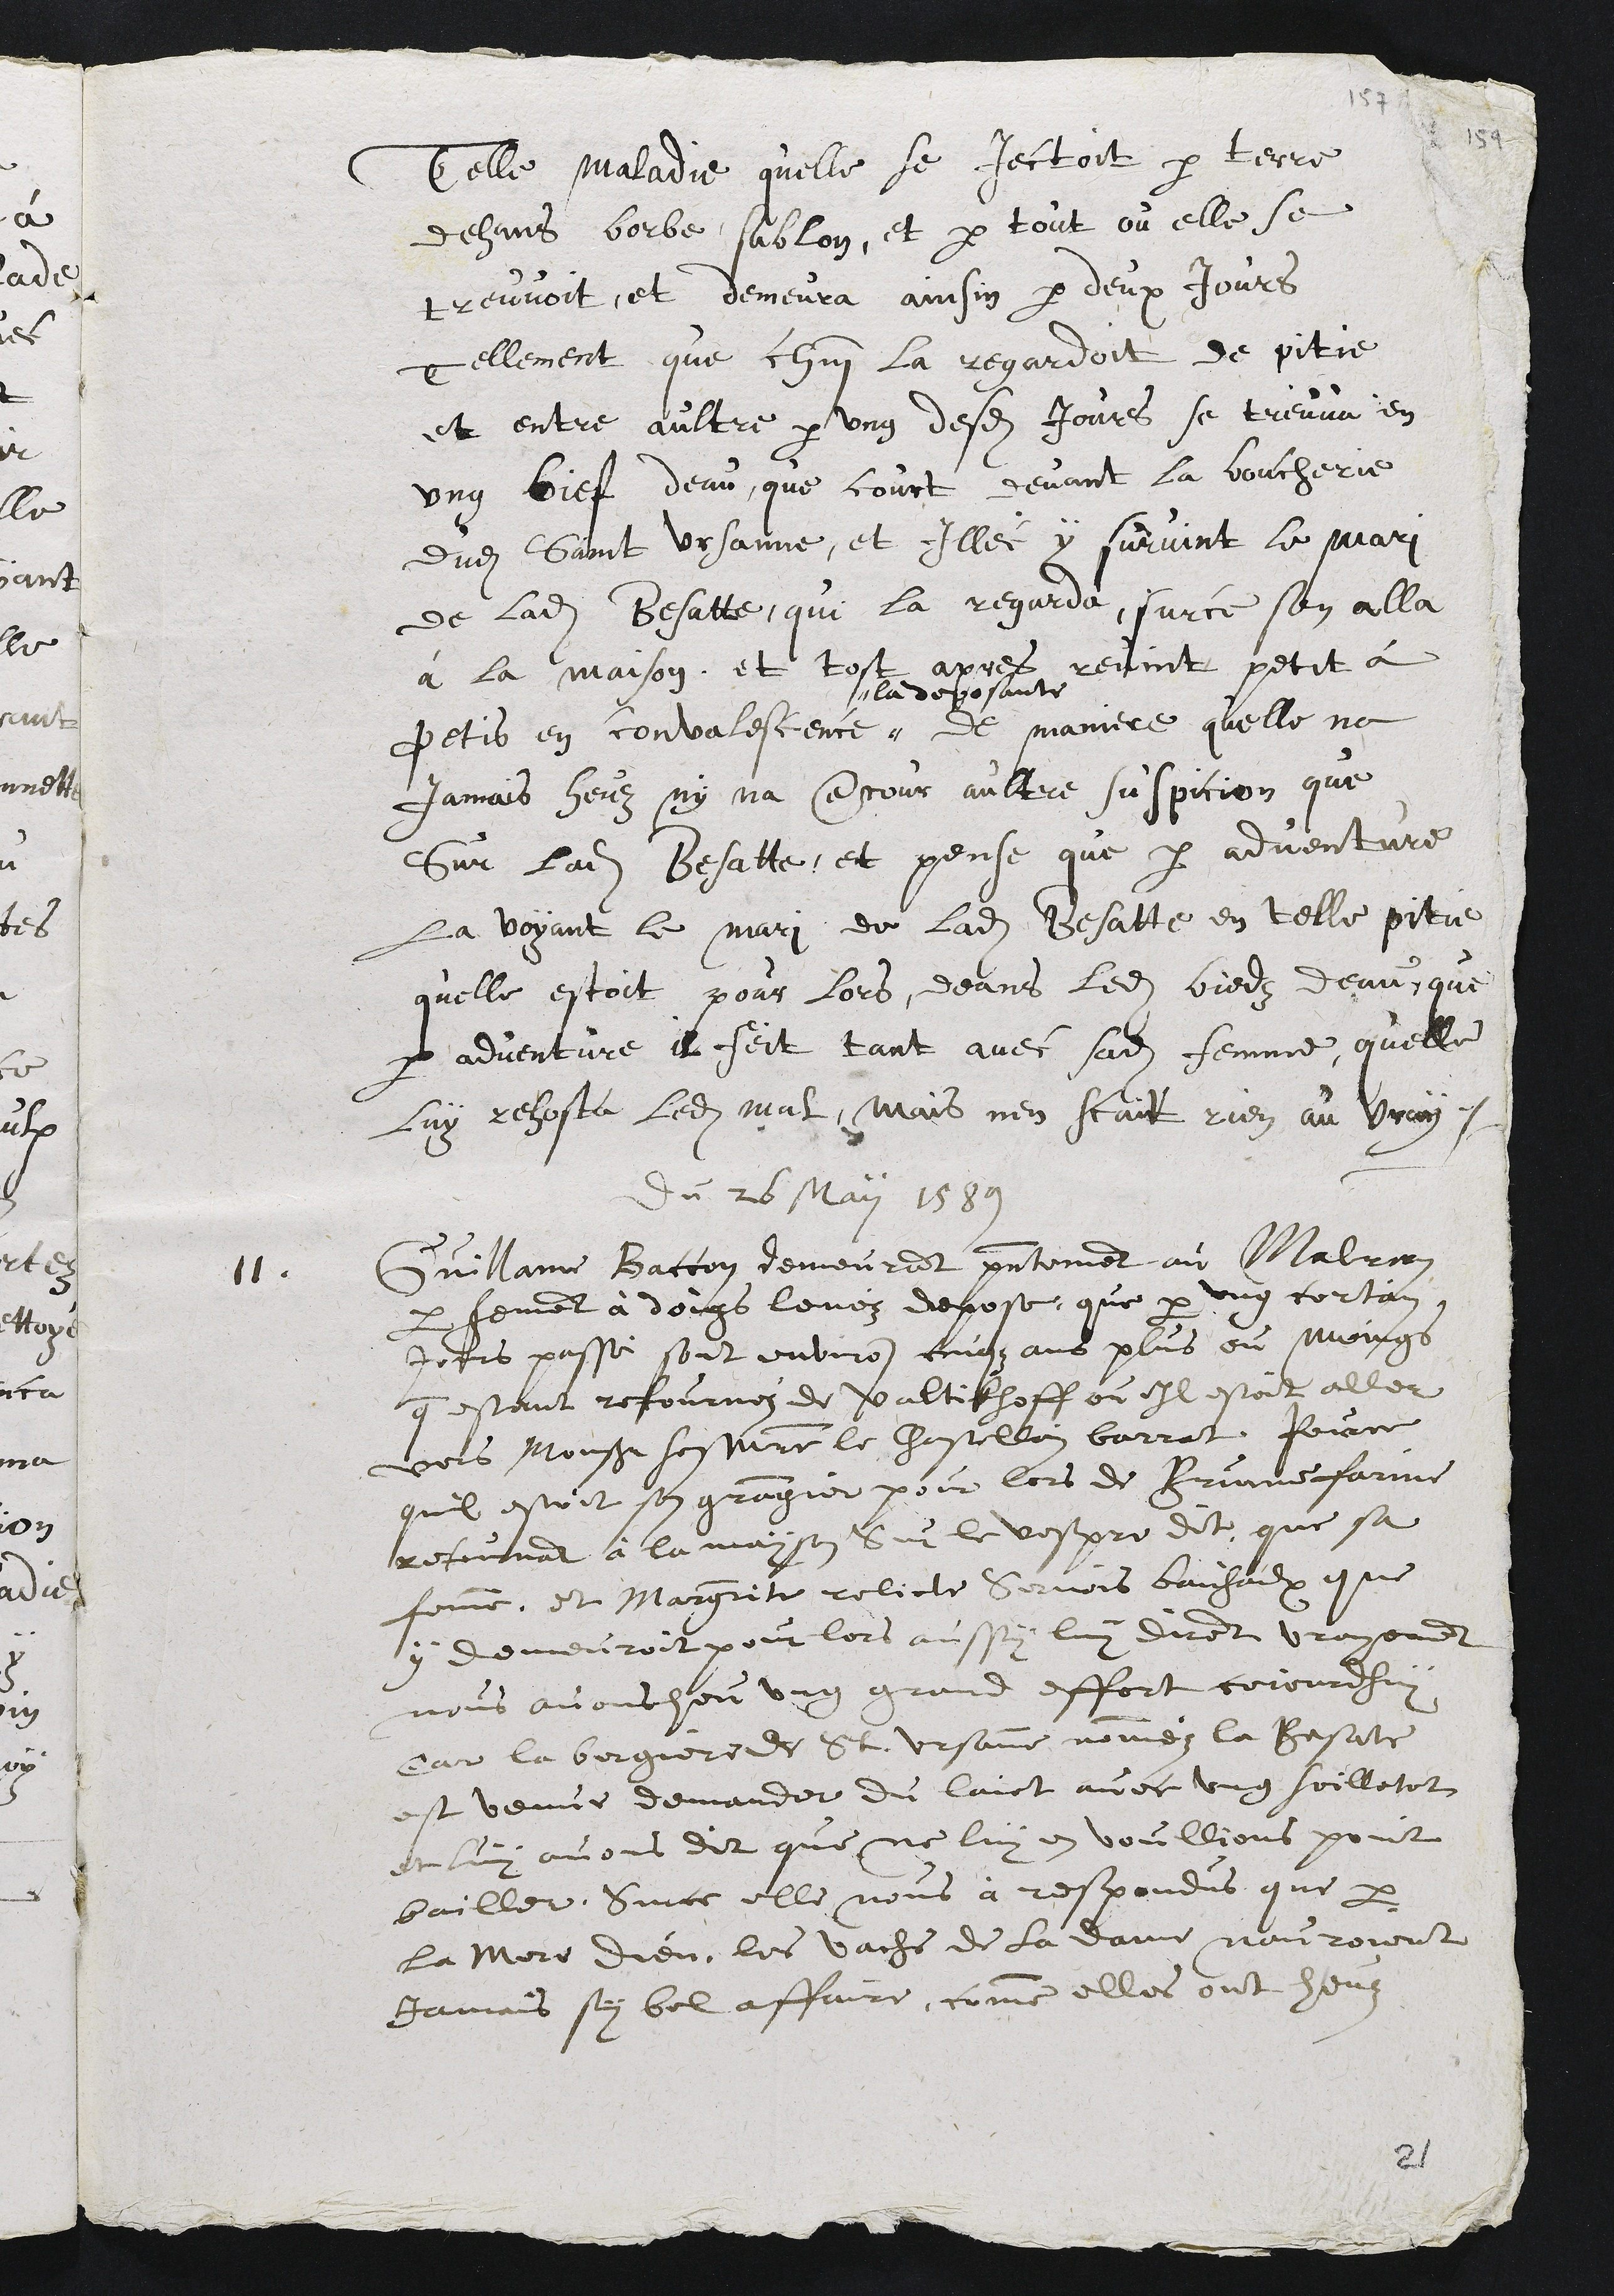
telle maladie qu'elle se Jetait par terre
dans barbe, sablon, et partout où elle se
trouvait. Et demeura ainsi par deux jours,
tellement que chacun la regardait de pitié;
et entre autrss, par un desdits jours, se trouva en
un bief d'eau qui court devant la boucherie
dudit Sain-t-Ursanne, et illec y survint le mari
de ladite Bessatte qui la regarda. Sur ce, s'en alla
à la maison, et tôt après, revint petit à
petit en convalescence
la déposante
de manière qu'elle n'a
jamais eu ni n'a concours autre suspicion que
sur ladite Bessatte, et pense que par aventure
la voyant le mari de ladite Bessatte en telle pitié
qu'elle était pour lors dans ledit bief d'eau, que
par aventure il fit tant avec sadite femme qu'elle
lui reô-ta ledit mal. Mais n'en sait rien au vrai.
du 26 May 1589
 11. Guillaume Baccon demeurait présentemBnt à Malleray (au Malrey)
par serment à doigts levés, dépose que par un certain
jour passé, sont environ cinq ans plus ou moins
qu*étant retourné de Valtichoff où il était allé
voir monsieur son maître le châtelain Barrât, parce
qu'il était son grangier pour lors de Brunefarine.
Retournant à la maison sur le vêpre, dit que sa
femme e-t Marguerite, relicte Sernois Baichaux, qui
y demeurait pour lors aussi, lui dirent ; "VrayBment
nous avons eu un grand effort aujourd'hui,
car la bergère de St. -Ursanne, nommée la Bessatte,
est venue demander du lait avec un soilleton,
et lui avons dit que ne lui en voulions point
bailler. Sur ce, elle nous a répondu que par
la Mère Dieu, les vaches de la Dame n'auraient
jamais si bel affaire comme elles ont eu"